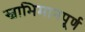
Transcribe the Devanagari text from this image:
स्वाभिमानपूर्ण